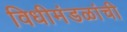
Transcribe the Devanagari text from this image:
विधीमंडळांची